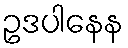
ဥဒပါနေန